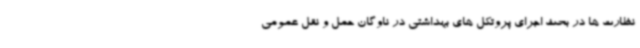
نظارت ها در بحث اجرای پروتکل های بهداشتی در ناوگان حمل و نقل عمومی